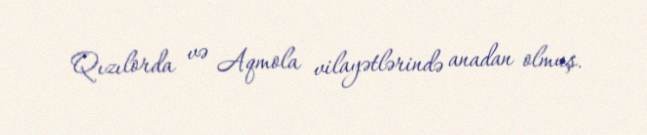
Qızılorda və Aqmola vilayətlərində anadan olmuş.